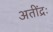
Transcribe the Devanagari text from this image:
अतींद्रः